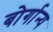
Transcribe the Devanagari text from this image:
बोर्गान्य